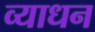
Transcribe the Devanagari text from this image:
व्याधन